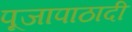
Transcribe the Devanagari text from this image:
पूजापाठादी